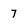
Character: 7